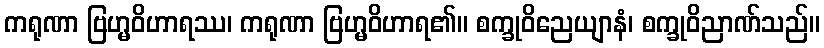
ကရုဏာ ဗြဟ္မဝိဟာရဿ၊ ကရုဏာ ဗြဟ္မဝိဟာရ၏။ စက္ခုဝိညေယျာနံ၊ စက္ခုဝိညာဏ်သည်။